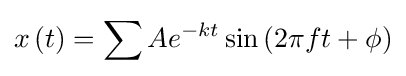
x\left(t\right)=\sum Ae^{-kt}\sin \left(2\pi ft+\phi \right)